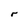
Character: r